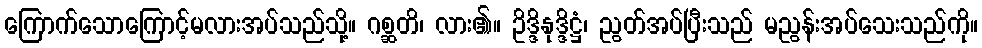
ကြောက်သောကြောင့်မလားအပ်သည်သို့။ ဂစ္ဆတိ၊ လား၏။ ဥိဒ္ဒိနုဒ္ဒိဋ္ဌံ၊ ညွတ်အပ်ပြီးသည် မညွန်းအပ်သေးသည်ကို။